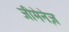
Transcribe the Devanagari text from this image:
जीमेनेज़